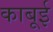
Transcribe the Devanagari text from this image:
काबूई